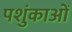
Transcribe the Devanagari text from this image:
पशुंकाओं